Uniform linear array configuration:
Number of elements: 48
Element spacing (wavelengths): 0.25
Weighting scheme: binomial
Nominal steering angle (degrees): -60
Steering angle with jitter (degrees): -60.713
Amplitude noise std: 0.05
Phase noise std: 0.05

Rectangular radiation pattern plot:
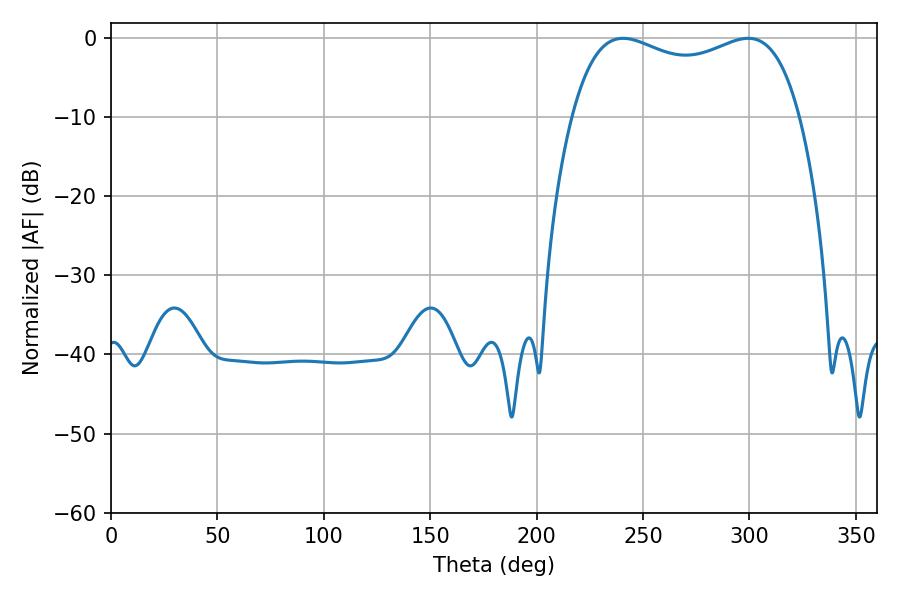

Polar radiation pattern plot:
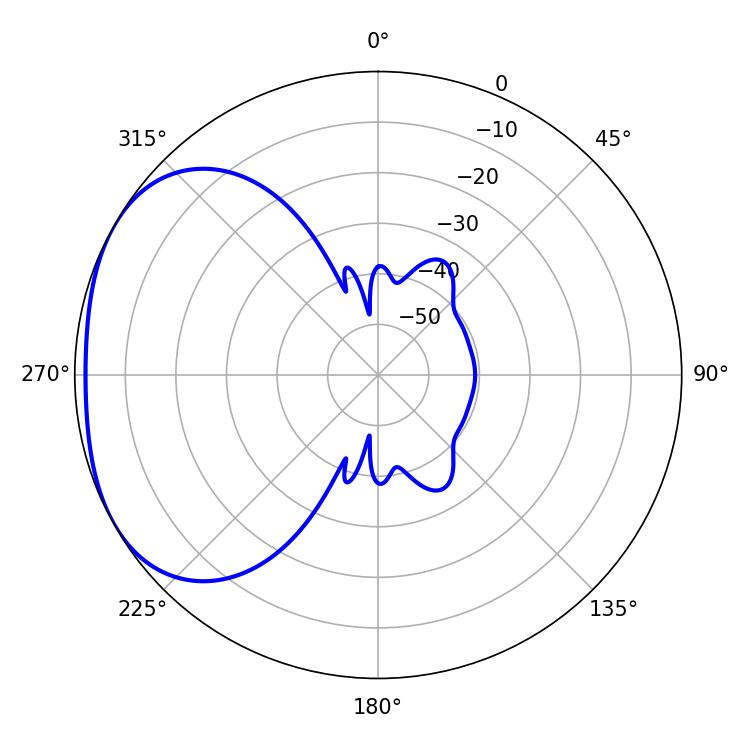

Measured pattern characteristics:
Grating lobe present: FALSE
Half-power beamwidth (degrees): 87.84
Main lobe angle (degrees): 240.66